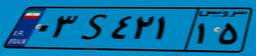
۳۷S۹۹۵۸۱